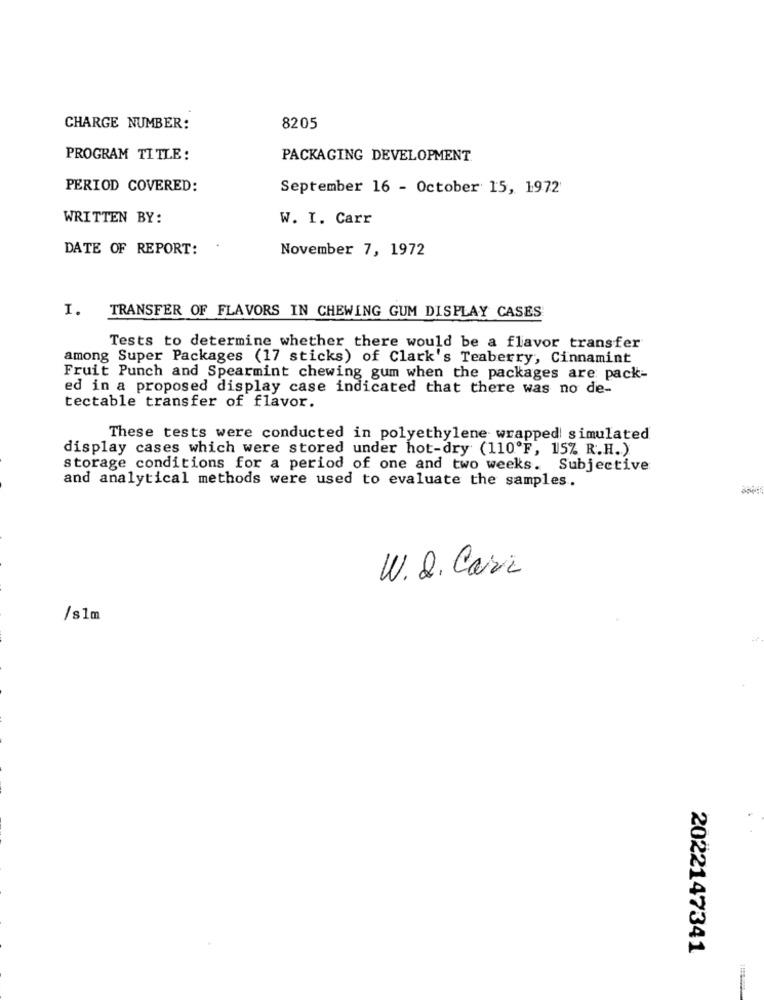
CHARGE NUMBER:
8205
PROGRAM TITLE:
PACKAGING DEVELOPMENT
PERIOD COVERED:
September 16 - October 15, 1972
WRITTEN BY:
W. I. Carr
DATE OF REPORT:
November 7, 1972
I. TRANSFER OF FLAVORS IN CHEWING GUM DISPLAY CASES
Tests to determine whether there would be a flavor transfer
among Super Packages (17 sticks) of Clark's Teaberry, Cinnamint
Fruit Punch and Spearmint chewing gum when the packages are pack-
ed in a proposed display case indicated that there was no de-
tectable transfer of flavor.
These tests were conducted in polyethylene wrapped simulated
display cases which were stored under hot-dry (110'F, 15% R.H.)
storage conditions for a period of one and two weeks. Subjective
and analytical methods were used to evaluate the samples.
W. Q. Cari
/ s1m
2022147341